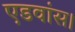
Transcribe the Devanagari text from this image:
एडवांस।